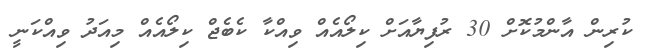
ކުރިން އާންމުކޮށް 30 ރުފިޔާއަށް ކިލޯއެއް ވިއްކާ ކެބެޖް ކިލޯއެއް މިއަދު ވިއްކަނީ